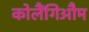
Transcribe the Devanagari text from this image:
कोलैंगिऔम